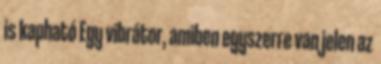
is kapható Egy vibrátor, amiben egyszerre van jelen az